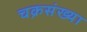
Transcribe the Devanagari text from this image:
चक्रसंख्या